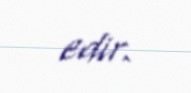
edir.